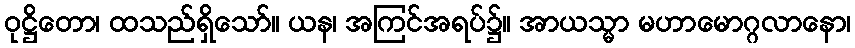
ဝုဋ္ဌိတော၊ ထသည်ရှိသော်။ ယန၊ အကြင်အရပ်၌။ အာယသ္မာ မဟာမောဂ္ဂလာနော၊